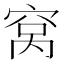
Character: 窝